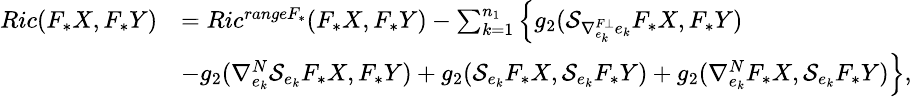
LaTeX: \small\begin{array}{ll}{Ric(F_{\ast}X,F_{\ast}Y)}&{=Ric^{rangeF_{\ast}}(F_{\ast}X,F_{\ast}Y)-\sum_{k=1}^{n_{1}}\Big\{ g_{2}(\mathcal{S}_{\nabla_{e_{k}}^{F\bot}e_{k}}F_{\ast}X,F_{\ast}Y)}\\ &{-g_{2}(\nabla_{e_{k}}^{N}\mathcal{S}_{e_{k}}F_{\ast}X,F_{\ast}Y)+g_{2}(\mathcal{S}_{e_{k}}F_{\ast}X,\mathcal{S}_{e_{k}}F_{\ast}Y)+g_{2}(\nabla_{e_{k}}^{N}F_{\ast}X,\mathcal{S}_{e_{k}}F_{\ast}Y)\Big\} ,}\end{array}